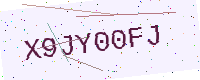
Text: X9JY00FJ